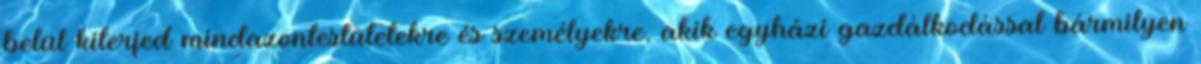
belül kiterjed mindazontestületekre és személyekre, akik egyházi gazdálkodással bármilyen